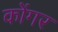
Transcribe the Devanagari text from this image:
कोंगर